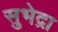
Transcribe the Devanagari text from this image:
सुभेद्रा